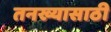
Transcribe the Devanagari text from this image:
तनख्यासाठी